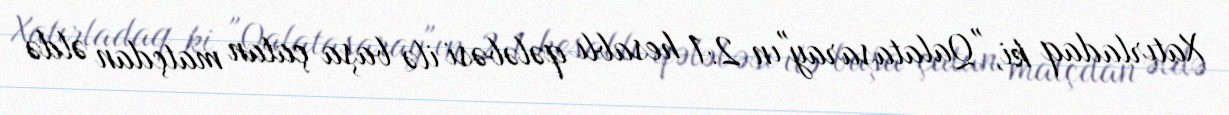
Xatırladaq ki, "Qalatasaray"ın 2:1 hesablı qələbəsi ilə başa çatan matçdan əldə